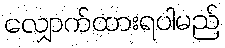
လျှောက်ထားရပါမည်